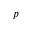
p